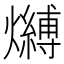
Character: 𤒔